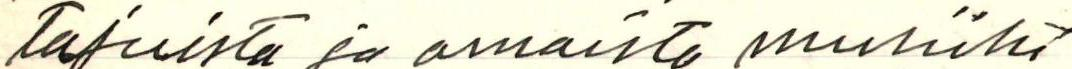
tajuista ja omaista musiiki